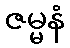
ဇမ္မနံ